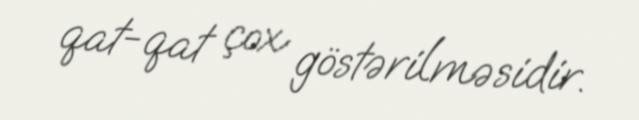
qat-qat çox göstərilməsidir.